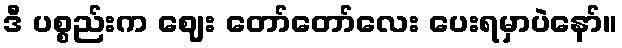
ဒီ ပစ္စည်းက ဈေး တော်တော်လေး ပေးရမှာပဲနော်။